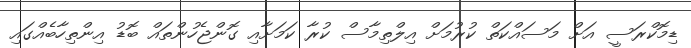
ޑިމޮކްރަސީ އަށް މަސައްކަތް ކުރުމަށް އިލްތިމާސް ކުރާ ކަމަށާއި ގޮންޖެހުންތައް ބޮޑު އިންތިހާބެއްގައި